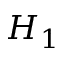
H _ { 1 }